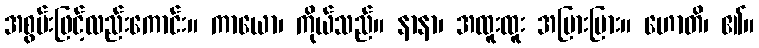
အစွမ်းဖြင့်လည်းကောင်း။ ကာယော၊ ကိုယ်သည်။ နာနာ၊ အထူးထူး အပြားပြား။ ဟောတိ၊ ၏။